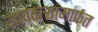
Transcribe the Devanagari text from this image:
गावकऱ्यांमार्फत